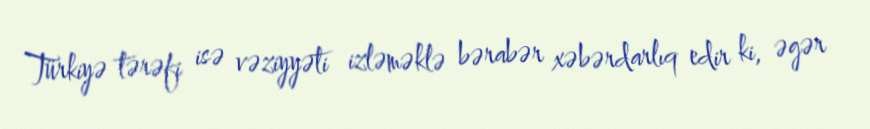
Türkiyə tərəfi isə vəziyyəti izləməklə bərabər xəbərdarlıq edir ki, əgər